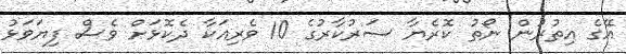
އޭގެ އިތުރުން ނޯތު ކޮރެޔާ ސަރުކާރުގެ 10 ވެރިއަކާ ދެކޮޅަށް ވެސް ފިޔަވަޅު